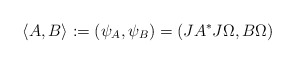
\begin{align*}\langle A,B\rangle := (\psi_A,\psi_B) = (JA^*J\Omega,B\Omega)\end{align*}